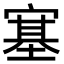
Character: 𡪈